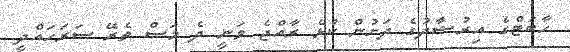
ހާބަޓްގެ އިރުޝާދުގެ ދަށުން ކުޅެ ރާއްޖެ ވަނީ ދެ މަސް ތެރޭ ސަރަހައްދީ